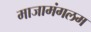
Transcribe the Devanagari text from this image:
माजामंगलम